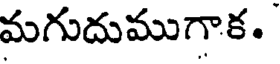
మగుదుముగాక.